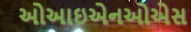
ઓઆઇએનઓએસ